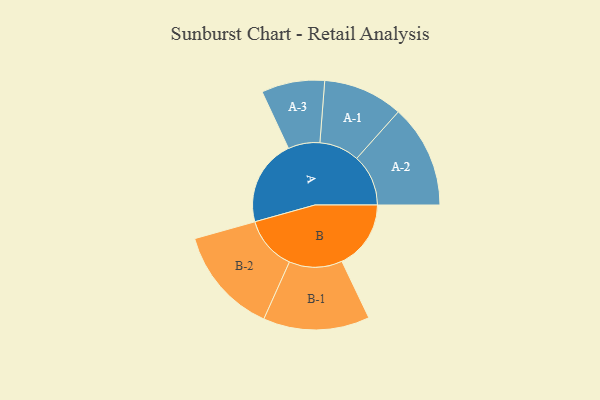
{"axis": {"x": "Segment", "y": "Value"}, "legend": ["", "A", "B"], "data": [{"x": "A", "y": 436, "type": ""}, {"x": "B", "y": 349, "type": ""}, {"x": "A-1", "y": 202, "type": "A"}, {"x": "A-2", "y": 261, "type": "A"}, {"x": "A-3", "y": 160, "type": "A"}, {"x": "B-1", "y": 269, "type": "B"}, {"x": "B-2", "y": 272, "type": "B"}]}